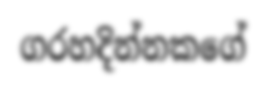
ගරහදින්නකගේ